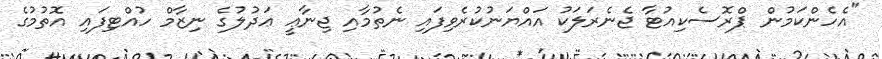
"އެހެންކަމުން ޕްރޮސެކިއުޓާ ޖެނެރަލަކު އައްޔަނުކުރެވިފައި ނެތުމާއި ޖިނާޢީ ޢަދުލުގެ ނިޒާމް ހުއްޓިފައި އޮތުމުގެ